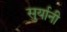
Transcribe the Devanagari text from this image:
सुर्यानी